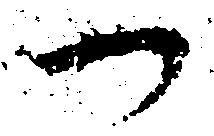
一